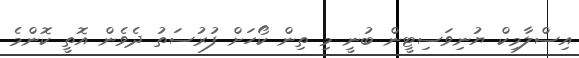
އިސްލާމިކް ޔުނިވަސިޓީން ބުނީ މި ތިން ކޯހަށް ފުރުސަތު ދެވެން އޮތީ ކޮންމެ